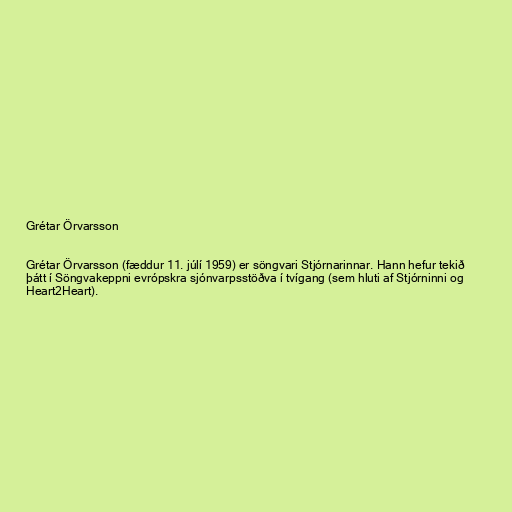
Grétar Örvarsson

Grétar Örvarsson (fæddur 11. júlí 1959) er söngvari Stjórnarinnar. Hann hefur tekið
þátt í Söngvakeppni evrópskra sjónvarpsstöðva í tvígang (sem hluti af Stjórninni og
Heart2Heart).